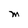
Character: M